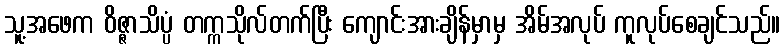
သူ့အဖေက ဝိဇ္ဇာသိပ္ပံ တက္ကသိုလ်တက်ပြီး ကျောင်းအားချိန်မှာမှ အိမ်အလုပ် ကူလုပ်စေချင်သည်။